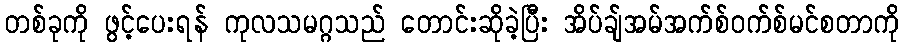
တစ်ခုကို ဖွင့်ပေးရန် ကုလသမဂ္ဂသည် တောင်းဆိုခဲ့ပြီး အိပ်ချ်အမ်အက်စ်ဝက်စ်မင်စတာကို